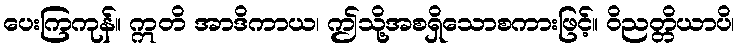
ပေးကြကုန်။ ဣတိ အာဒိကာယ၊ ဤသို့အစရှိသောစကားဖြင့်။ ဝိညတ္တိယာပိ၊